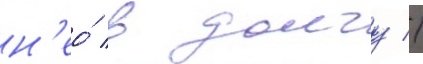
н'ео́ в долгу //